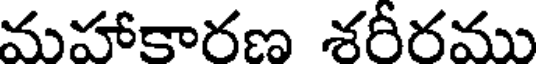
మహాకారణ శరీరము